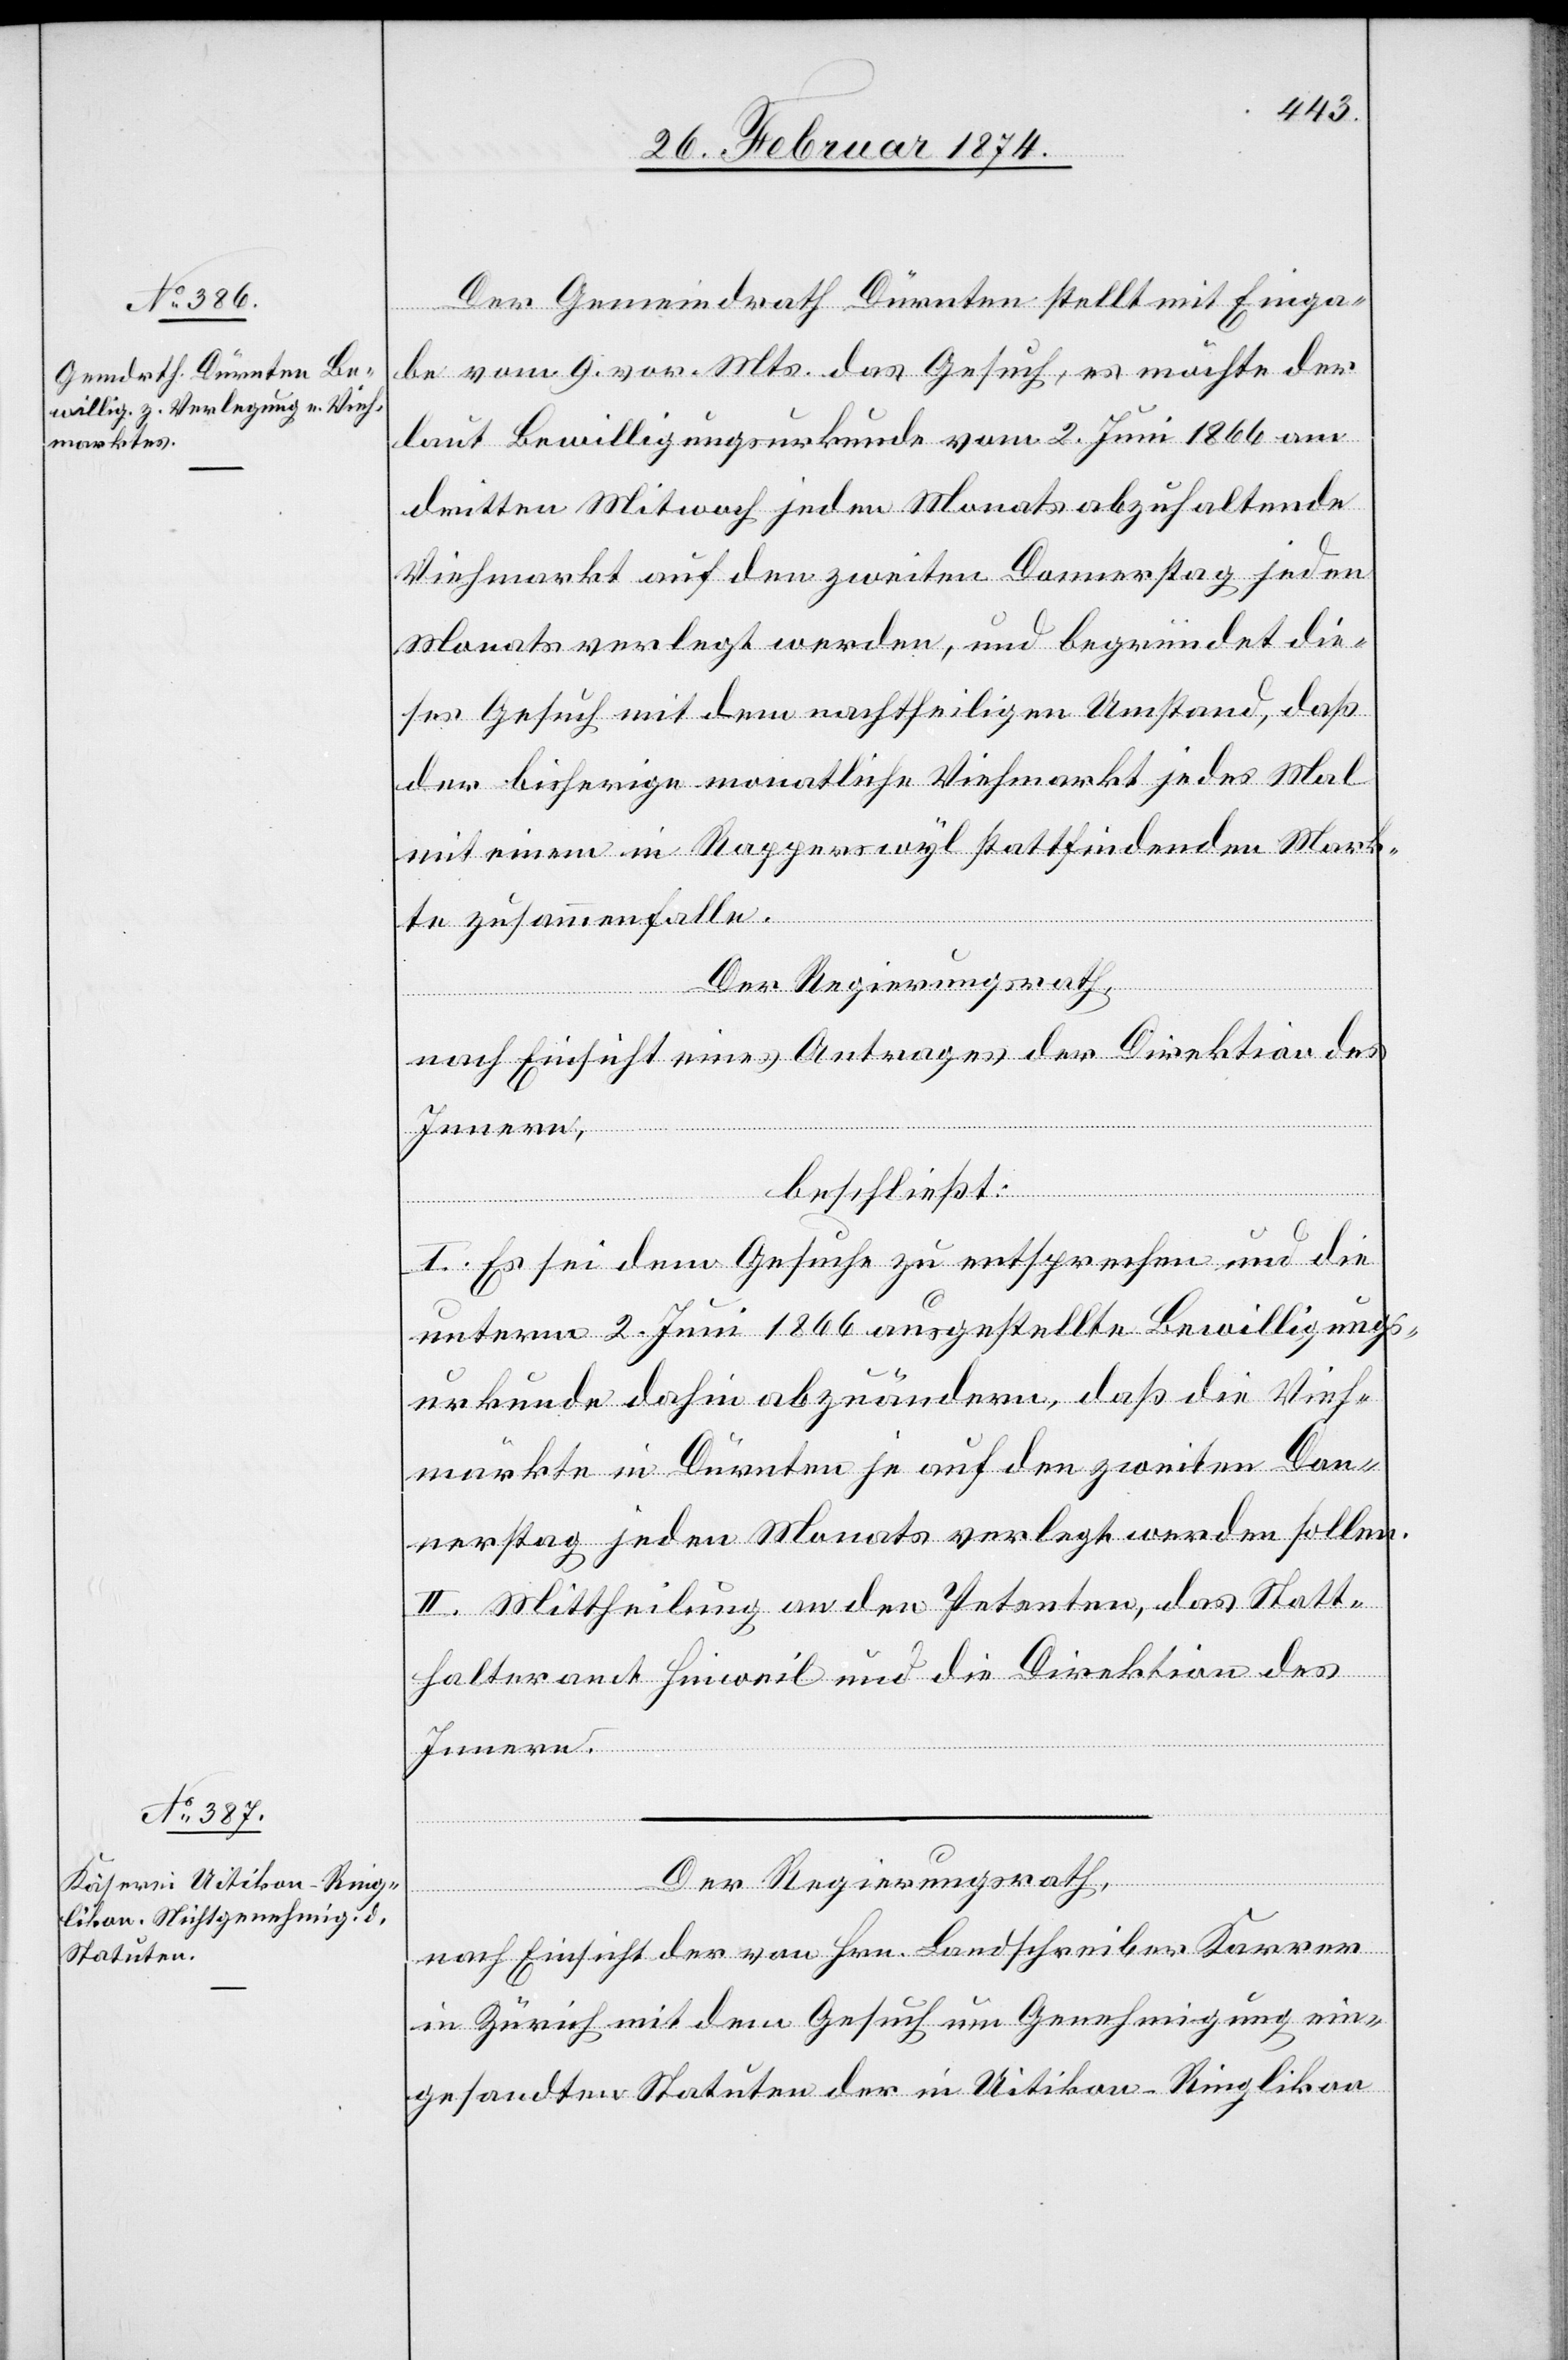
Der Gemeindrath Dürnten stellt mit Einga¬
be vom 9. d. Mts. das Gesuch, es möchte der
laut Bewilligungsurkunde vom 2. Juni 1866 am
dritten Mittwoch jeden Monats abzuhaltende
Viehmarkt auf den zweiten Donnerstag jeden
Monats verlegt werden, und begründet die¬
ses Gesuch mit dem nachtheiligen Umstand, daß
der bisherige monatliche Viehmarkt jedes Mal
mit einem in Rapperswyl stattfindenden Mark¬
te zusammenfalle.
Der Regierungsrath,
nach Einsicht eines Antrages der Direktion des
Innern,
beschließt:
I. Es sei dem Gesuche zu entsprechen und die
unterm 2. Juni 1866 angestellte Bewilligungs¬
urkunde dahin abzuändern, daß die Vieh¬
märkte in Dürnten je auf den zweiten Don¬
nerstag jeden Monats verlegt werden sollen.
II. Mittheilung an den Petenten, das Statt¬
halteramt Hinweil und die Direktion des
Innern.
Der Regierungsrath,
nach Einsicht der von Hrn. Landschreiber Karrer
in Zürich mit dem Gesuch um Genehmigung ein¬
gesandten Statuten der in Uitikon-Ringlikon